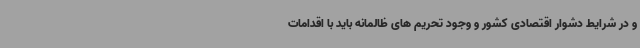
و در شرایط دشوار اقتصادی کشور و وجود تحریم های ظالمانه باید با اقدامات